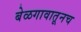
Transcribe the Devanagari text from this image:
बेळगावातूनच